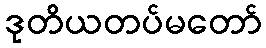
ဒုတိယတပ်မတော်